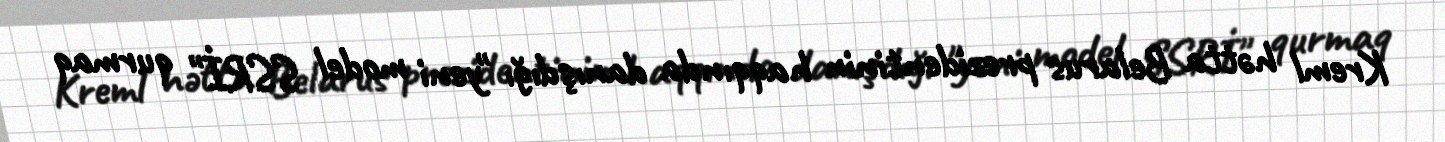
Kreml hətta Belarus prezidentinin haqqında danışdığı "yeni model SSRİ" qurmaq